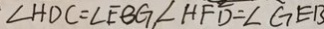
\angle H D C = \angle E B G , \angle H F D = \angle G E B